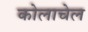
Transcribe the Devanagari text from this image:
कोलाचेल